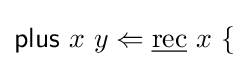
{\mathsf {plus}}\ x\ y\Leftarrow {\underline {\mathrm {rec} }}\ x\ \{